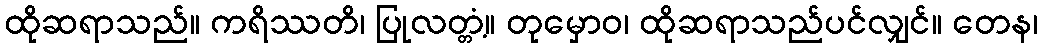
ထိုဆရာသည်။ ကရိဿတိ၊ ပြုလတ္တံ့။ တုမှောဝ၊ ထိုဆရာသည်ပင်လျှင်။ တေန၊